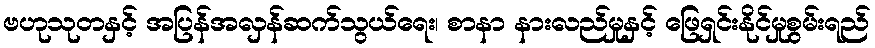
ဗဟုသုတနှင့် အပြန်အလှန်ဆက်သွယ်ရေး၊ စာနာ နားလည်မှုနှင့် ဖြေရှင်းနိုင်မှုစွမ်းရည်